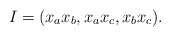
\begin{align*}I = (x_ax_b, x_ax_c, x_bx_c).\end{align*}